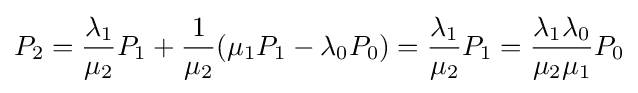
P_{2}={\frac {\lambda _{1}}{\mu _{2}}}P_{1}+{\frac {1}{\mu _{2}}}(\mu _{1}P_{1}-\lambda _{0}P_{0})={\frac {\lambda _{1}}{\mu _{2}}}P_{1}={\frac {\lambda _{1}\lambda _{0}}{\mu _{2}\mu _{1}}}P_{0}